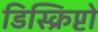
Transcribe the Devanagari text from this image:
डिस्क्रिप्टो